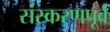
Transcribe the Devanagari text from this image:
संस्करणपूर्व